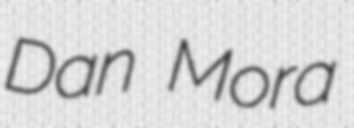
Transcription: Dan Mora